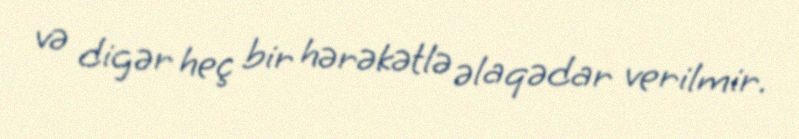
və digər heç bir hərəkətlə əlaqədar verilmir.